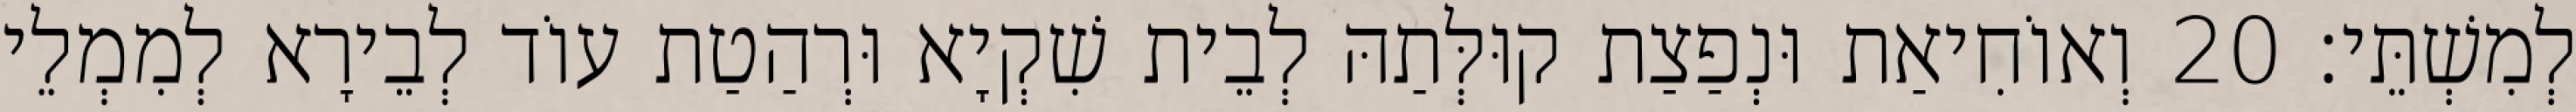
לְמִשְׁתֵּי׃ 20 וְאוֹחִיאַת וּנְפַצַת קוּלְּתַהּ לְבֵית שִׁקְיָא וּרְהַטַת עוֹד לְבֵירָא לְמִמְלֵי